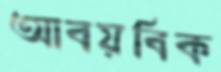
আবয়বিক